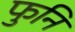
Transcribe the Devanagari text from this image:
फुनि